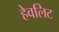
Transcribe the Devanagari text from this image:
हेवलिट